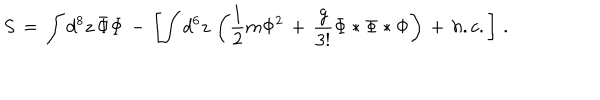
LaTeX: S \, = \, \int d ^ { 8 } z \, \bar { \Phi } \Phi \, - \, \left[ \int d ^ { 6 } z \, \left( \frac { 1 } { 2 } m \Phi ^ { 2 } \, + \, \frac { g } { 3 ! } \Phi * \Phi * \Phi \right) \, + \, h . c . \right] \, .